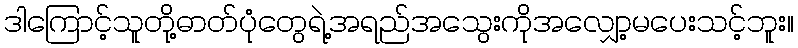
ဒါကြောင့်သူတို့ဓာတ်ပုံတွေရဲ့အရည်အသွေးကိုအလျှော့မပေးသင့်ဘူး။